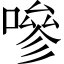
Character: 嘇